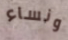
ونساء